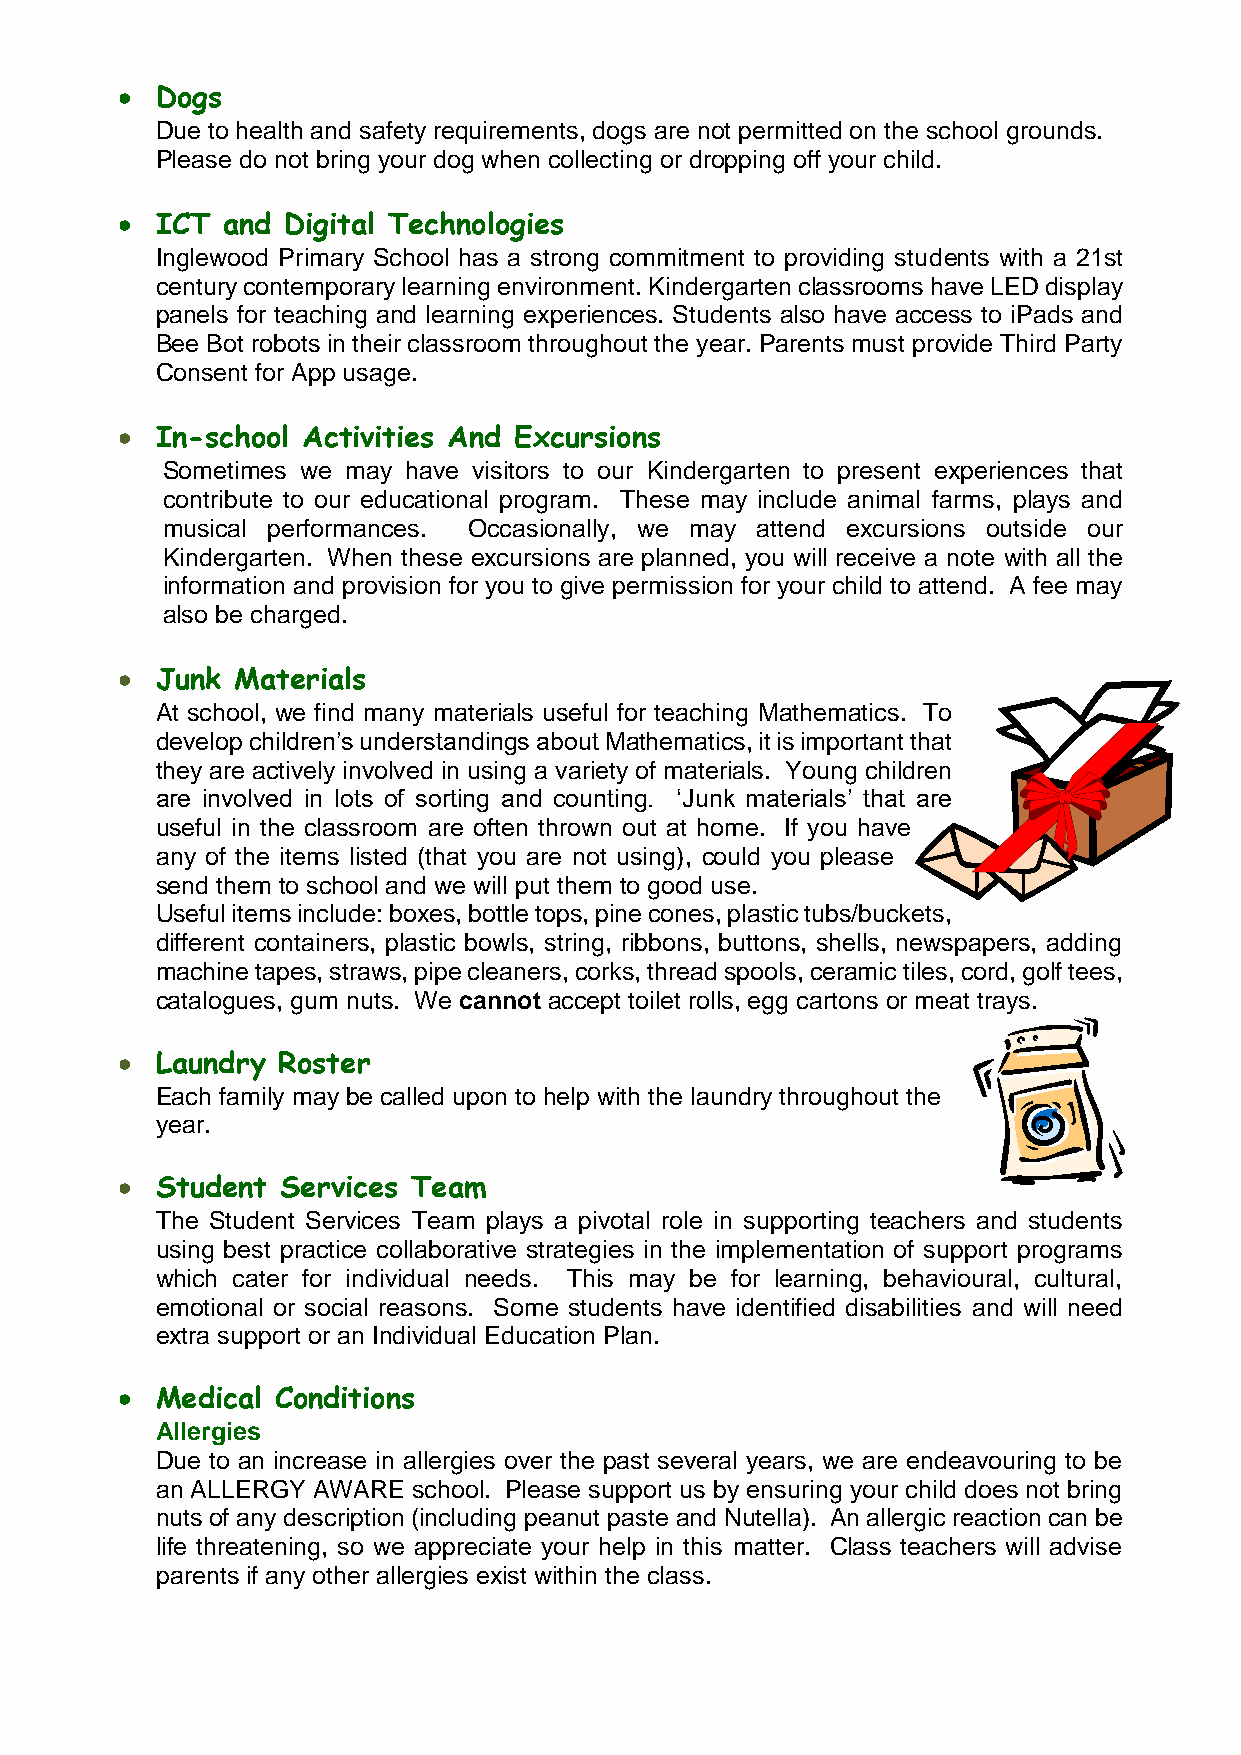
 Dogs
 Due to health and safety requirements, dogs are not permitted on the school grounds.
 Please do not bring your dog when collecting or dropping off your child.
  ICT  and Digital Technologies
 Inglewood Primary School has a strong commitment to providing students with a 21st
 century contemporary learning environment. Kindergarten classrooms have LED display
 panels for teaching and learning experiences. Students also have access to iPads and
 Bee Bot robots in their classroom throughout the year. Parents must provide Third Party
 Consent for App usage.
  In-school Activities And Excursions
 Sometimes we may have visitors to our Kindergarten to present experiences that
 contribute to our educational program. These may include animal farms, plays and
 musical performances. Occasionally, we may attend excursions outside our
 Kindergarten. When these excursions are planned, you will receive a note with all the
 information and provision for you to give permission for your child to attend. A fee may
 also be charged.
  Junk Materials
 At school, we find many materials useful for teaching Mathematics. To
 develop children’s understandings about Mathematics, it is important that
 they are actively involved in using a variety of materials. Young children
 are involved in lots of sorting and counting. ‘Junk materials’ that are
 useful in the classroom are often thrown out at home. If you have
 any of the items listed (that you are not using), could you please
 send them to school and we will put them to good use.
 Useful items include: boxes, bottle tops, pine cones, plastic tubs/buckets,
 different containers, plastic bowls, string, ribbons, buttons, shells, newspapers, adding
 machine tapes, straws, pipe cleaners, corks, thread spools, ceramic tiles, cord, golf tees,
 catalogues, gum nuts. We cannot accept toilet rolls, egg cartons or meat trays.
  Laundry Roster
 Each family may be called upon to help with the laundry throughout the
 year.
  Student  Services Team
 The Student Services Team plays a pivotal role in supporting teachers and students
 using best practice collaborative strategies in the implementation of support programs
 which cater for individual needs. This may be for learning, behavioural, cultural,
 emotional or social reasons. Some students have identified disabilities and will need
 extra support or an Individual Education Plan.
  Medical Conditions
 Allergies
 Due to an increase in allergies over the past several years, we are endeavouring to be
 an ALLERGY AWARE school. Please support us by ensuring your child does not bring
 nuts of any description (including peanut paste and Nutella). An allergic reaction can be
 life threatening, so we appreciate your help in this matter. Class teachers will advise
 parents if any other allergies exist within the class.